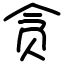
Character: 贪